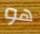
هو